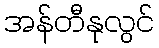
အန်တီနုလွင်